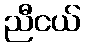
ညီငယ်